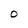
Character: 0